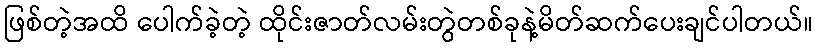
ဖြစ်တဲ့အထိ ပေါက်ခဲ့တဲ့ ထိုင်းဇာတ်လမ်းတွဲတစ်ခုနဲ့မိတ်ဆက်ပေးချင်ပါတယ်။